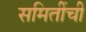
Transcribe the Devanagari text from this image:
समितींची